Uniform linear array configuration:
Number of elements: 12
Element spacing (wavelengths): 0.5
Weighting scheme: hann
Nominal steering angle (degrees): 30
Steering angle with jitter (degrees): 30.208
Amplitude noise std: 0.05
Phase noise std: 0.05

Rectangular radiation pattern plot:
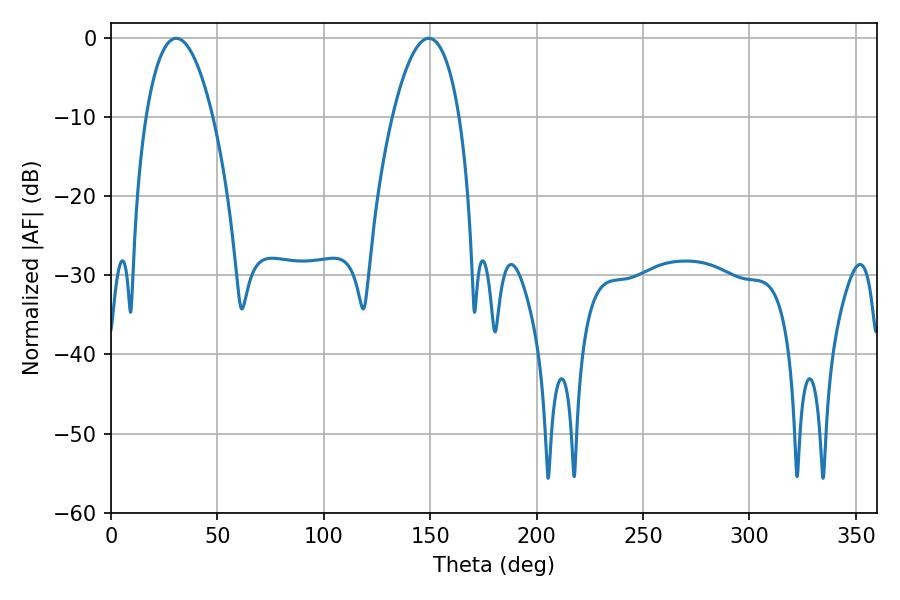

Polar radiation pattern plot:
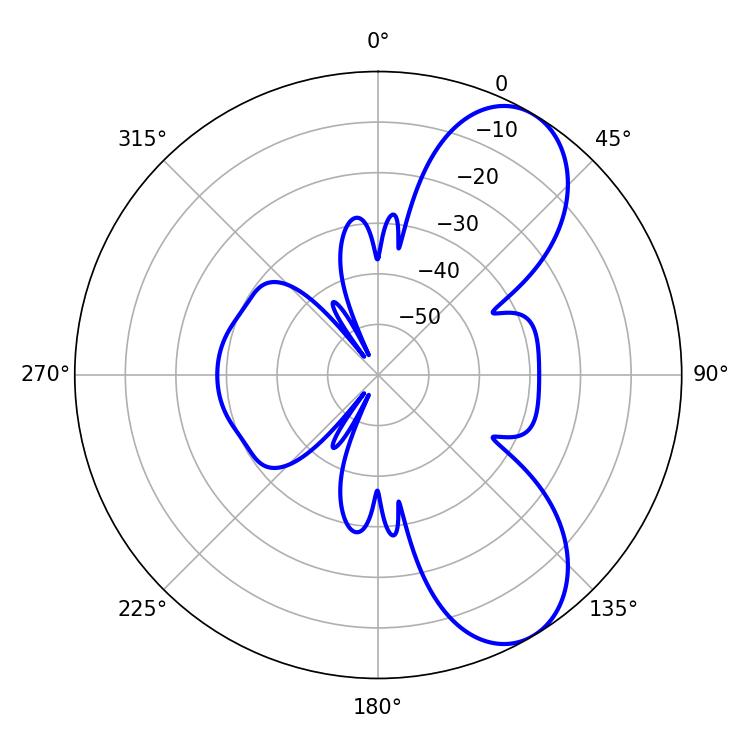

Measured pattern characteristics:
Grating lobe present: FALSE
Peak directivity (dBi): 7.738
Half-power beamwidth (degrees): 17.64
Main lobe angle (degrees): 30.6